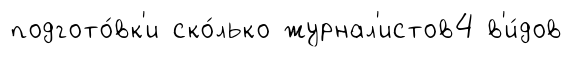
подгото́вк'и ско́лько журнал'истов4 в'и́дов